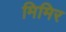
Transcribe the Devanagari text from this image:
मिमिर